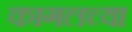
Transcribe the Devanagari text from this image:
कागलच्या